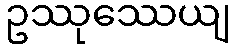
ဥဿုဿေယျ